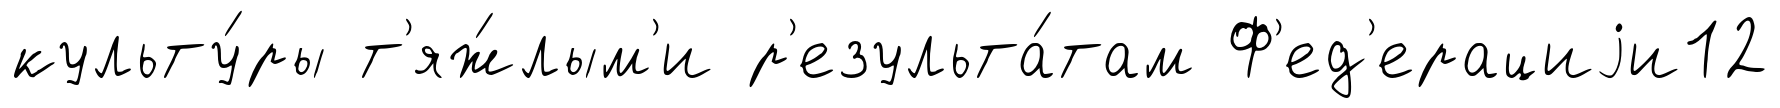
культу́ры т'яж́лым'и р'езульта́там Ф'ед'ерациjи12